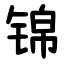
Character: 锦